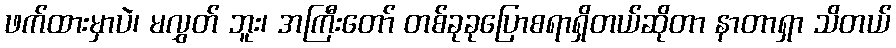
ဖက်ထားမှာပဲ၊ မလွှတ် ဘူး၊ အကြီးတော် တစ်ခုခုပြောစရာရှိတယ်ဆိုတာ နာတာရှာ သိတယ်